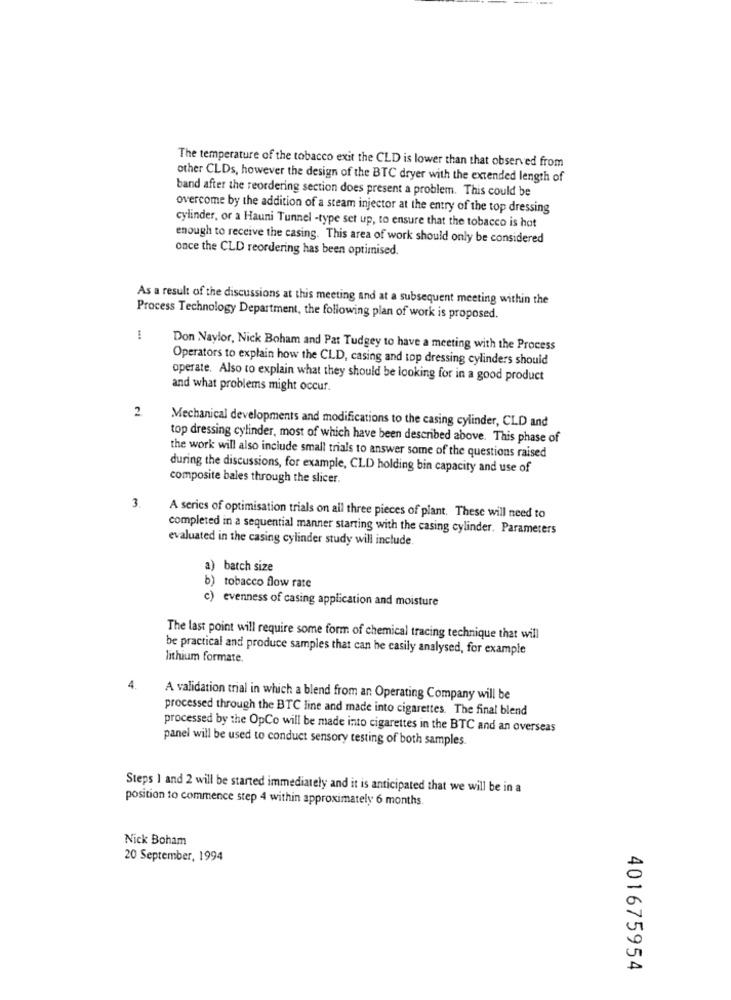
The temperature of the tobacco exit the CLD is lower than that observed from
other CLDs, however the design of the BTC dryer with the extended length of
band after the reordering section does present a problem. This could be
overcome by the addition of a steam injector at the entry of the top dressing
cylinder, or a Hauni Tunnel -type set up, to ensure that the tobacco is hot
enough to receive the casing. This area of work should only be considered
once the CLD reordering has been optimised.
As a result of the discussions at this meeting and at a subsequent meeting within the
Process Technology Department, the following plan of work is proposed.
Don Naylor, Nick Boham and Pat Tudgey to have a meeting with the Process
Operators to explain how the CLD, casing and top dressing cylinders should
operate. Also to explain what they should be looking for in a good product
and what problems might occur.
2.
Mechanical developments and modifications to the casing cylinder, CLD and
top dressing cylinder, most of which have been described above. This phase of
the work will also include small trials to answer some of the questions raised
during the discussions, for example, CLD holding bin capacity and use of
composite bales through the slicer.
3.
A series of optimisation trials on all three pieces of plant. These will need to
completed in a sequential manner starting with the casing cylinder. Parameters
evaluated in the casing cylinder study will include.
a) batch size
b) tobacco flow rate
c) evenness of casing application and moisture
The last point will require some form of chemical tracing technique that will
be practical and produce samples that can be easily analysed, for example
lithium formate.
4
A validation trial in which a blend from an Operating Company will be
processed through the BTC line and made into cigarettes. The final blend
processed by the OpCo will be made into cigarettes in the BTC and an overseas
panel will be used to conduct sensory testing of both samples.
Steps 1 and 2 will be started immediately and it is anticipated that we will be in a
position to commence step 4 within approximately 6 months.
Nick Boham
20 September, 1994
401675954